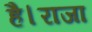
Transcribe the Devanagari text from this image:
है।राजा